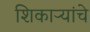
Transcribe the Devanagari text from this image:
शिकाऱ्यांचे